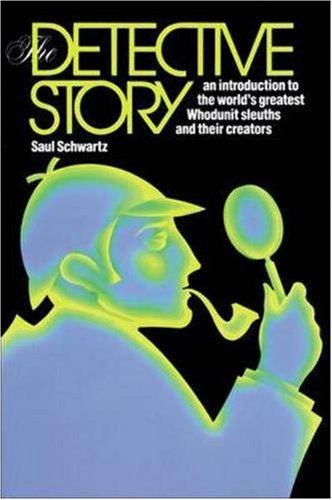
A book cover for The Detective Story : An Introduction to the World's Great Whodunit Sleuths and their Creators; McGraw-Hill Education; Mystery, Thriller & Suspense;